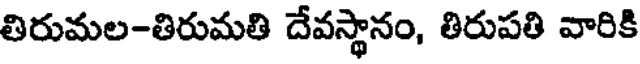
తిరుమల-తిరుమతి దేవస్థానం, తిరుపతి వారికి